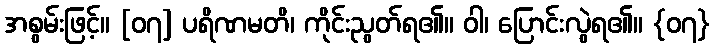
အစွမ်းဖြင့်။ [၀၇] ပရိဏမတိ၊ ကိုင်းညွတ်ရ၏။ ဝါ၊ ပြောင်းလွဲရ၏။ {၀၇}